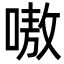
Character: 嗷